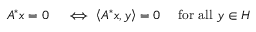
\begin{array} { r l } { A ^ { * } x = 0 } & { { } \iff \left\langle A ^ { * } x , y \right\rangle = 0 \quad { \mathrm { ~ f o r ~ a l l ~ } } y \in H } \end{array}